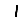
Digit: 1